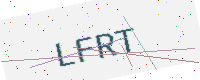
Text: LFRT